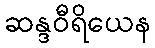
ဆန္ဒဝီရိယေန